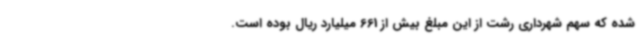
شده که سهم شهرداری رشت از این مبلغ بیش از 661 میلیارد ریال بوده است.